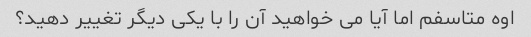
اوه متاسفم اما آیا می خواهید آن را با یکی دیگر تغییر دهید؟